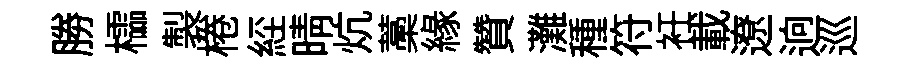
勝櫺製棬𦀇晴炕藁緣贊灘種符衽載遼逈巡